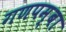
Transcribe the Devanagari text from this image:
गणपम्बा